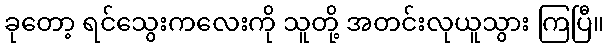
ခုတော့ ရင်သွေးကလေးကို သူတို့ အတင်းလုယူသွား ကြပြီ။